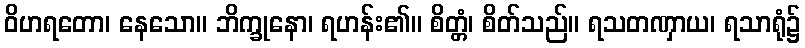
ဝိဟရတော၊ နေသော။ ဘိက္ခုနော၊ ရဟန်း၏။ စိတ္တံ၊ စိတ်သည်။ ရသတဏှာယ၊ ရသာရုံ၌